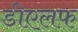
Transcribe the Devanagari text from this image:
डीएलफ